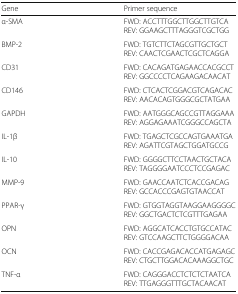
<table><thead><tr><td><b>Gene</b></td><td><b>Primer sequence</b></td></tr></thead><tbody><tr><td>α-SMA</td><td>FWD: ACCTTTGGCTTGGCTTGTCAREV: GGAAGCTTTAGGGTCGCTGG</td></tr><tr><td>BMP-2</td><td>FWD: TGTCTTCTAGCGTTGCTGCTREV: CAACTCGAACTCGCTCAGGA</td></tr><tr><td>CD31</td><td>FWD: CACAGATGAGAACCACGCCTREV: GGCCCCTCAGAAGACAACAT</td></tr><tr><td>CD146</td><td>FWD: CTCACTCGGACGTCAGACACREV: AACACAGTGGGCGCTATGAA</td></tr><tr><td>GAPDH</td><td>FWD: AATGGGCAGCCGTTAGGAAAREV: AGGAGAAATCGGGCCAGCTA</td></tr><tr><td>IL-1β</td><td>FWD: TGAGCTCGCCAGTGAAATGAREV: AGATTCGTAGCTGGATGCCG</td></tr><tr><td>IL-10</td><td>FWD: GGGGCTTCCTAACTGCTACAREV: TAGGGGAATCCCTCCGAGAC</td></tr><tr><td>MMP-9</td><td>FWD: GAACCAATCTCACCGACAGREV: GCCACCCGAGTGTAACCAT</td></tr><tr><td>PPAR-γ</td><td>FWD: GTGGTAGGTAAGGAAGGGGCREV: GGCTGACTCTCGTTTGAGAA</td></tr><tr><td>OPN</td><td>FWD: AGGCATCACCTGTGCCATACREV: GTCCAAGCTTCTGGGGACAA</td></tr><tr><td>OCN</td><td>FWD: CACCGAGACACCATGAGAGCREV: CTGCTTGGACACAAAGGCTGC</td></tr><tr><td>TNF-α</td><td>FWD: CAGGGACCTCTCTCTAATCAREV: TTGAGGGTTTGCTACAACAT</td></tr></tbody></table>